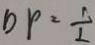
D P = \frac { 1 } { 2 }